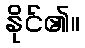
နိုင်၏။